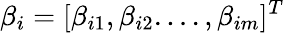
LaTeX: \beta_{i}=[\beta_{i1},\beta_{i2}.\ldots,\beta_{im}]^{T}